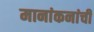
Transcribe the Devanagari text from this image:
मानांकनांची